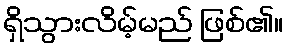
ရှိသွားလိမ့်မည် ဖြစ်၏။